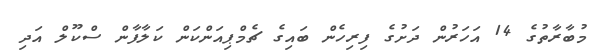
މުބާރާތުގެ 14 އަހަރުން ދަށުގެ ފިރިހެން ބައިގެ ޗެމްޕިއަންކަން ކަލާފާން ސްކޫލް އަދި